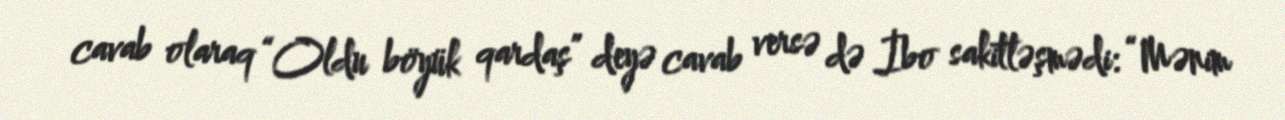
cavab olaraq “Oldu böyük qardaş” deyə cavab versə də İbo sakitləşmədi: “Mənim